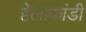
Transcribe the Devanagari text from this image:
हेलाकांडी